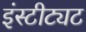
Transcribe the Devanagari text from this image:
इंस्टीट्यट